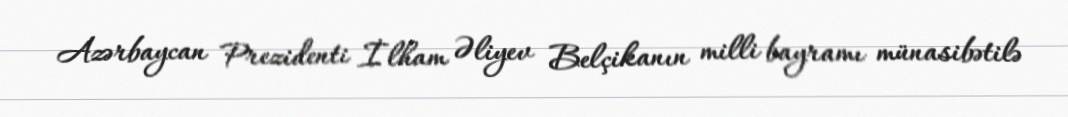
Azərbaycan Prezidenti İlham Əliyev Belçikanın milli bayramı münasibətilə